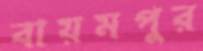
বায়মপুর